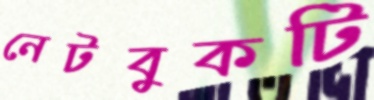
নেটবুকটি